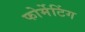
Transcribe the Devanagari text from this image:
फोर्मेटिंग